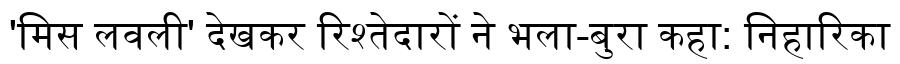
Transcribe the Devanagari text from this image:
'मिस लवली' देखकर रिश्तेदारों ने भला-बुरा कहा: निहारिका